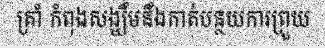
ត្រាំ កំពុងសង្ឃឹមនឹងកាត់បន្ថយការព្រួយ